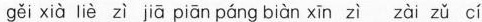
gěi xià liè zì jiā piān páng biàn xīn zì zài zǔ cí